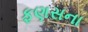
ફણસના